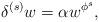
LaTeX: \begin{align*}\delta^{(s)} w=\alpha w^{\phi^s},\end{align*}